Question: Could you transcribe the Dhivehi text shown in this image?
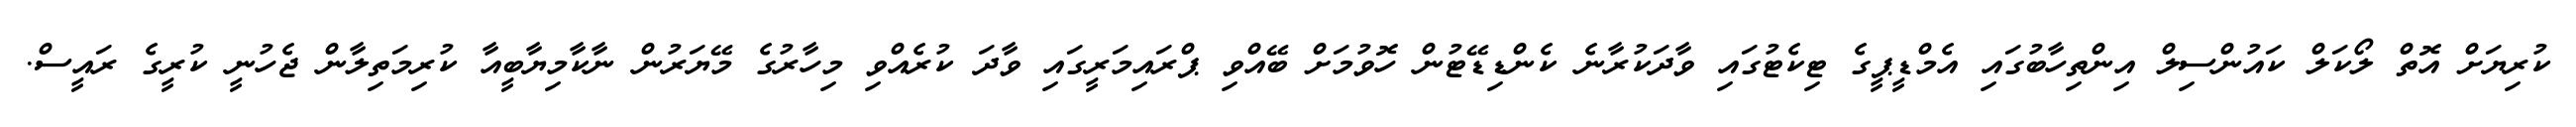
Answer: ކުރިޔަށް އޮތް ލޯކަލް ކައުންސިލް އިންތިހާބުގައި އެމްޑީޕީގެ ޓިކެޓުގައި ވާދަކުރާނެ ކެންޑިޑޭޓުން ހޮވުމަށް ބޭއްވި ޕްރައިމަރީގައި ވާދަ ކުރެއްވި މިހާރުގެ މޭޔަރުން ނާކާމިޔާބީއާ ކުރިމަތިލާން ޖެހުނީ ކުރީގެ ރައީސް.